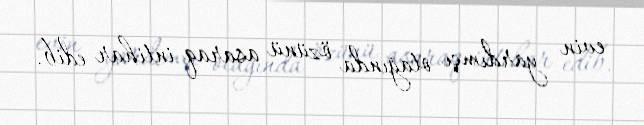
evin yardımçı otağında özünü asaraq intihar edib.